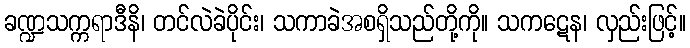
ခဏ္ဍသက္ကရာဒီနိ၊ တင်လဲခဲပိုင်း၊ သကာခဲအစရှိသည်တို့ကို။ သကဋေန၊ လှည်းဖြင့်။